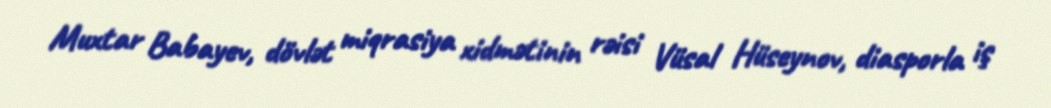
Muxtar Babayev, dövlət miqrasiya xidmətinin rəisi Vüsal Hüseynov, diasporla iş